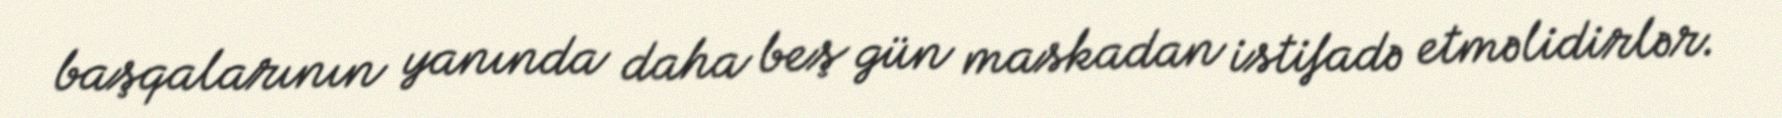
başqalarının yanında daha beş gün maskadan istifadə etməlidirlər.